Indian journal of veterinary science and animal husbandry - Volumes 28-29, 1958-1959
Year: 1958
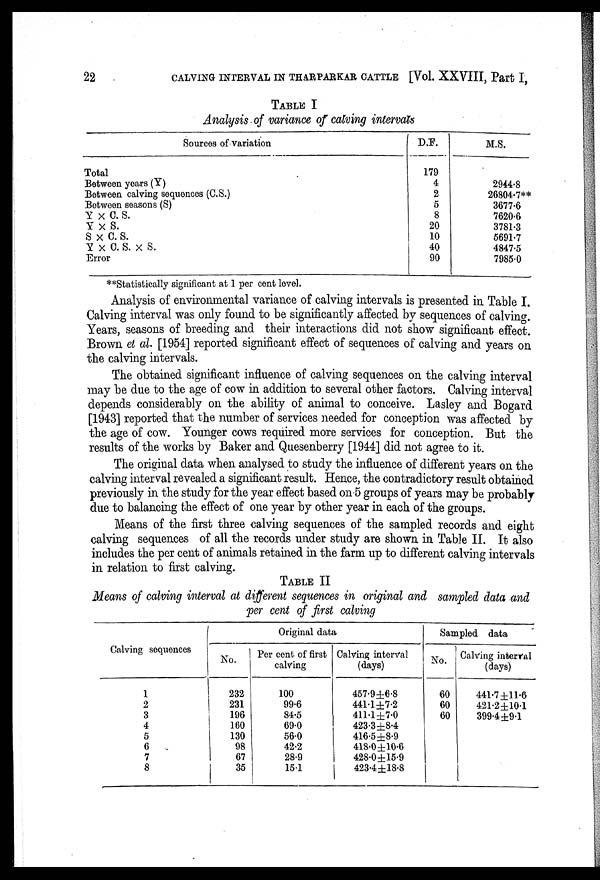
22
CALVING INTERVAL IN THARPARKAR CATTLE [Vol. XXVIII, Part I,
TABLE I
Analysis of variance of calving intervals
Sources of variation
Total
Between years (Y)
Between calving sequences (C.S.)
Between seasons (S)
Y × C. S.
Y × S.
S × C. S.
Y × C. S. × S.
Error
D.F.
179
4
2
5
8
20
10
40
90
M.S.
2944.8
26804.7**
3677.6
7620.6
3781.3
5691.7
4847.5
7985.0
**Statistically significant at 1 per cent level.
Analysis of environmental variance of calving intervals is presented in Table I.
Calving interval was only found to be significantly affected by sequences of calving.
Years, seasons of breeding and their interactions did not show significant effect.
Brown et al. [1954] reported significant effect of sequences of calving and years on
the calving intervals.
The obtained significant influence of calving sequences on the calving interval
may be due to the age of cow in addition to several other factors. Calving interval
depends considerably on the ability of animal to conceive. Lasley and Bogard
[1943] reported that the number of services needed for conception was affected by
the age of cow. Younger cows required more services for conception. But the
results of the works by Baker and Quesenberry [1944] did not agree to it.
The original data when analysed to study the influence of different years on the
calving interval revealed a significant result. Hence, the contradictory result obtained
previously in the study for the year effect based on 5 groups of years may be probably
due to balancing the effect of one year by other year in each of the groups.
Means of the first three calving sequences of the sampled records and eight
calving sequences of all the records under study are shown in Table II. It also
includes the per cent of animals retained in the farm up to different calving intervals
in relation to first calving.
TABLE II
Means of calving interval at different sequences in original and sampled data and
per cent of first calving
Calving sequences
1
2
3
4
5
6
7
8
Original data
No.
232
231
196
160
130
98
67
35
Per cent of first
calving
100
99.6
84.5
69.0
56.0
42.2
28.9
15.1
Calving interval
(days)
457.9±6.8
441.1±7.2
411.1±7.0
423.3±8.4
416.5±8.9
418.0±10.6
428.0±15.9
423.4±18.8
Sampled data
No.
60
60
60
Calving interval
(days)
441.7±11.6
421.2±10.1
399.4±9.1